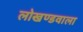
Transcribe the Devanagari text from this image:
लोखण्डवाला